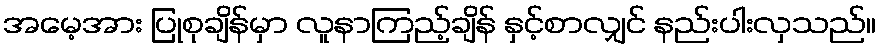
အမေ့အား ပြုစုချိန်မှာ လူနာကြည့်ချိန် နှင့်စာလျှင် နည်းပါးလှသည်။